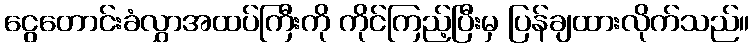
ငွေတောင်းခံလွှာအထပ်ကြီးကို ကိုင်ကြည့်ပြီးမှ ပြန်ချထားလိုက်သည်။